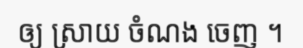
ឲ្យ ស្រាយ ចំណង ចេញ ។